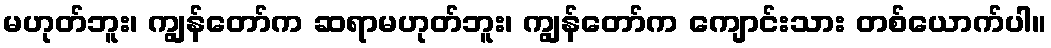
မဟုတ်ဘူး၊ ကျွန်တော်က ဆရာမဟုတ်ဘူး၊ ကျွန်တော်က ကျောင်းသား တစ်ယောက်ပါ။